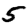
Digit: 5